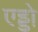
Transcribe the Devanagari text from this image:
एड्डो